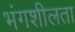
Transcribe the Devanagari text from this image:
भंगशीलता